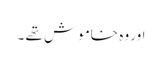
اور وہ خاموش تھے ۔